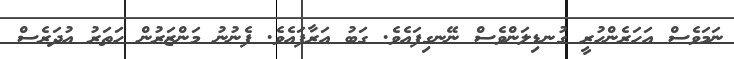
ނަމަވެސް އަހަރެންހުރީ ގުނޑިލަންވެސް ނޭނގިފައެވެ. ގަބު އަރާފައެވެ. ފެނުނު މަންޒަރުން ހަތަރު އުދަރެސް